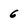
Character: 6